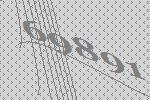
69891